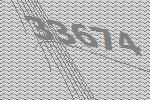
33674